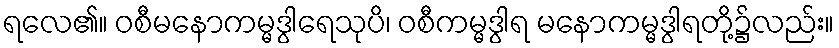
ရလေ၏။ ဝစီမနောကမ္မဒွါရေသုပိ၊ ဝစီကမ္မဒွါရ မနောကမ္မဒွါရတို့၌လည်း။